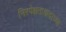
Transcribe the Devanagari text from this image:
निरपेक्षतावादाच्या